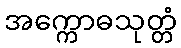
အက္ကောဓသုတ္တံ